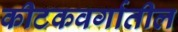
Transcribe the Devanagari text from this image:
कीटकवर्गातील